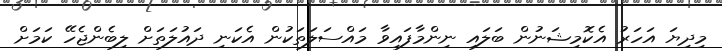
މިދިޔަ އަހަރު އެކޮމިޝަނުން ބަލައި ނިންމާފައިވާ މައްސަލަތަކުން އެކަނި ދައުލަތަށް ލިބެންޖެހޭ ކަމަށް